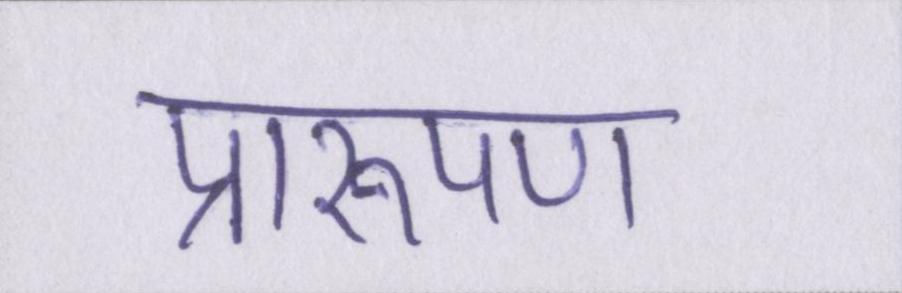
प्रारूपण